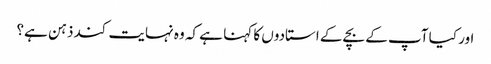
اور کیا آپ کے بچے کے استادوں کا کہنا ہے کہ وہ نہایت کند ذہن ہے؟